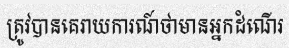
ត្រូវបានគេរាយការណ៍ថាមានអ្នកដំណើរ